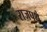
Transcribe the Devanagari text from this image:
राजपथे